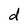
Character: d